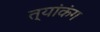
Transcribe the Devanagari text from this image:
त्यांकंग